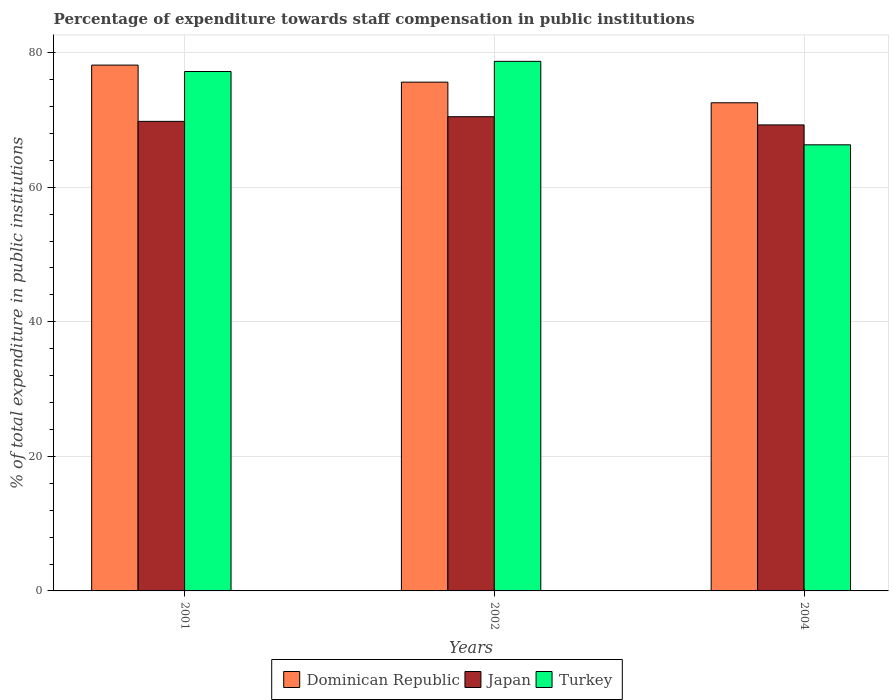
| Years | Dominican Republic | Japan | Turkey |
 | --- | --- | --- | --- |
 | 2001 | 78.2 | 69.8 | 77.2 |
 | 2002 | 75.6 | 70.5 | 78.7 |
 | 2004 | 72.6 | 69.3 | 66.3 |